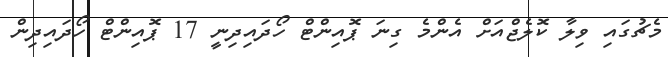
މެޗުގައި ވިލާ ކޮލެޖްއަށް އެންމެ ގިނަ ޕޮއިންޓް ހޯދައިދިނީ 17 ޕޮއިންޓް ހޯދައިދިން